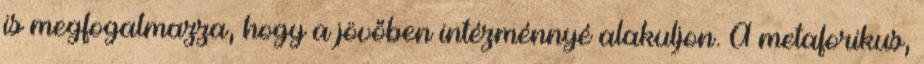
is megfogalmazza, hogy a jövőben intézménnyé alakuljon. A metaforikus,